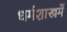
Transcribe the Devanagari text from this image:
धर्मशास्त्रमें